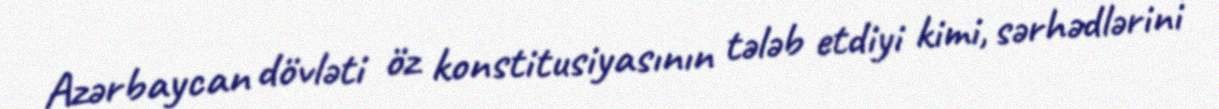
Azərbaycan dövləti öz konstitusiyasının tələb etdiyi kimi, sərhədlərini